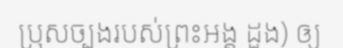
ប្រុសច្បងរបស់ព្រះអង្គ ដួង) ឲ្យ